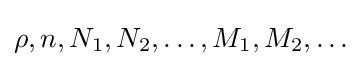
\rho ,n,N_{1},N_{2},\ldots ,M_{1},M_{2},\ldots